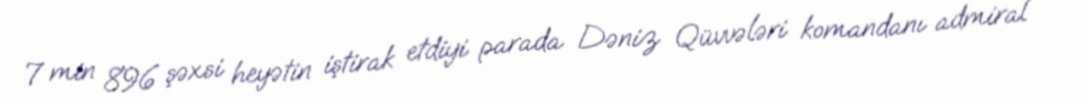
7 min 896 şəxsi heyətin iştirak etdiyi parada Dəniz Qüvvələri komandanı admiral